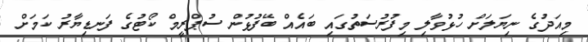
މިއަދުގެ ނިޔަލަށް ހުޅުވާލި މިފުރުސަތުގައި ބައެއް ބޭފުޅުން ސުޕްރީމް ކޯޓުގެ ފަނޑިޔާރު ކަމަށް